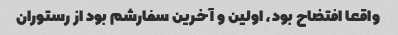
واقعا افتضاح بود، اولین و آخرین سفارشم بود از رستوران